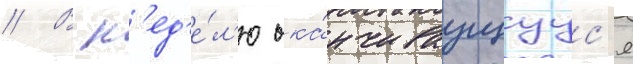
// В н'ед'е́л'ю ока́нчиваущуус'я